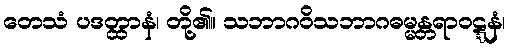
တေသံ ပဒတ္ထာနံ၊ တို့၏။ သဘာဂဝိသဘာဂဓမ္မန္တရာဝဋ္ဋနံ၊